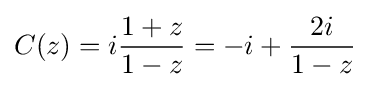
\displaystyle {C(z)=i{1+z \over 1-z}=-i+{2i \over 1-z}}